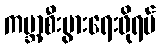
ကမ္ဘာ့စီးပွားရေးဖိုရမ်